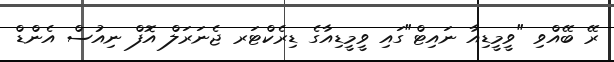
ރޭ ބޭއްވި "ވީމީޑިއާ ނައިޓް"ގައި ވީމީޑިއާގެ ޑިރެކްޓަރ ޖެނަރަލް އޮފް ނިއުސް އެންޑް